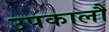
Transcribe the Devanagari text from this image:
उपकालौं